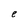
Character: e